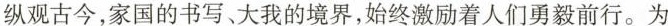
纵观古今，家国的书写、大我的境界，始终激励着人们勇毅前行。为